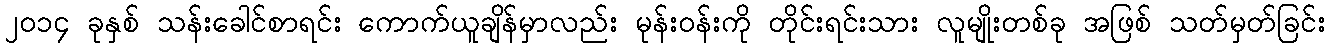
၂၀၁၄ ခုနှစ် သန်းခေါင်စာရင်း ကောက်ယူချိန်မှာလည်း မုန်းဝန်းကို တိုင်းရင်းသား လူမျိုးတစ်ခု အဖြစ် သတ်မှတ်ခြင်း